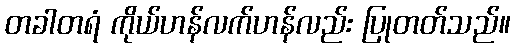
တခါတရံ ကိုယ်ဟန်လက်ဟန်လည်း ပြုတတ်သည်။